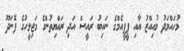
މުހައްމަދު މުއިއްޒު އާއި ޕީޕީއެމްގެ ނައިބު ރައީސް އަދި ރައްޔިތުންގެ މަޖިލީހުގެ ފޮނަދޫ